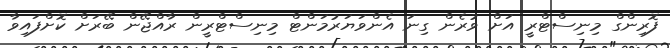
ފޮރިންގް މިނިސްޓްރީ އަށް ވުރެން ގިނަ އެންވަޔަރުމަންޓް މިނިސްޓްރީން ރާއްޖޭން ބޭރަށް ކޮށްފައިވާ